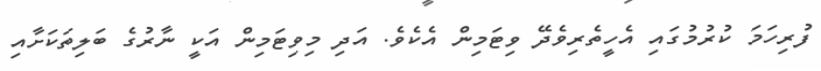
ފުރިހަމަ ކުރުމުގައި އެހީތެރިވެދޭ ވިޓަމިން އެކެވެ. އަދި މިވިޓަމިން އަކީ ނާރުގެ ބަލިތަކަށާއި